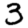
Digit: 3